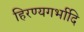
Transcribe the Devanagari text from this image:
हिरण्यगर्भादि